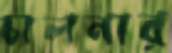
চালনার